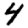
Digit: 4